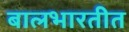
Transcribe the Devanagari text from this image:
बालभारतीत